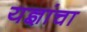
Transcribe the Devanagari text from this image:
यज्ञांचा